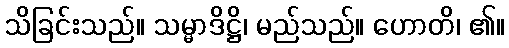
သိခြင်းသည်။ သမ္မာဒိဋ္ဌိ၊ မည်သည်။ ဟောတိ၊ ၏။